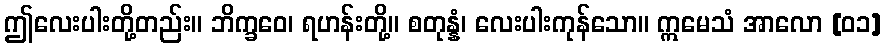
ဤလေးပါးတို့တည်း။ ဘိက္ခဝေ၊ ရဟန်းတို့။ စတုန္နံ၊ လေးပါးကုန်သော။ ဣမေသံ အာလော [၀၁]